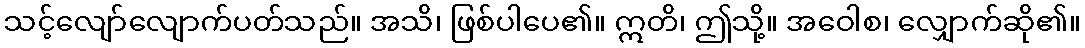
သင့်လျော်လျောက်ပတ်သည်။ အသိ၊ ဖြစ်ပါပေ၏။ ဣတိ၊ ဤသို့။ အဝေါစ၊ လျှောက်ဆို၏။